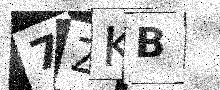
Text: 7ZKB